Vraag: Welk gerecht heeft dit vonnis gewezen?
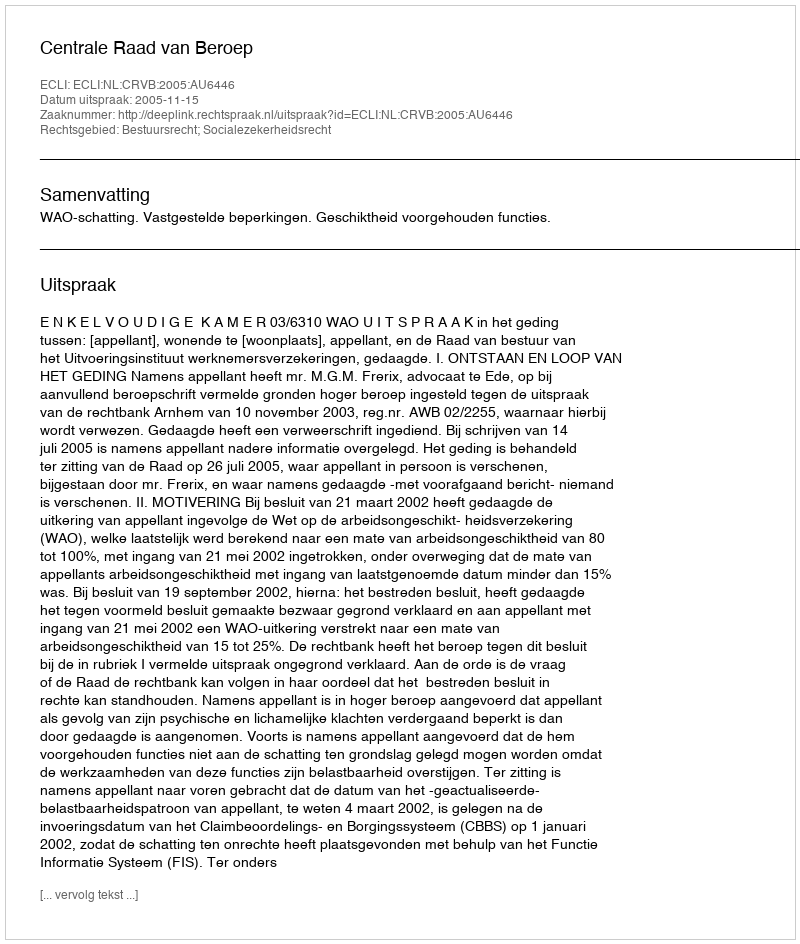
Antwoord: Centrale Raad van Beroep